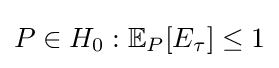
P\in H_{0}:{\mathbb {E} }_{P}[E_{\tau }]\leq 1